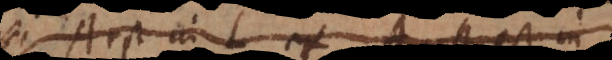
Si A est in B et B est in